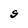
Character: S